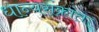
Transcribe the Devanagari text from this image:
धान्यसंक्रांत